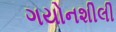
ગયોનશીલી